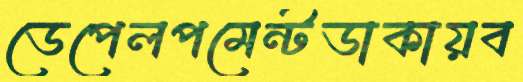
ডেপেলপমেন্টডাকায়ব